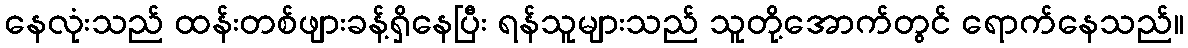
နေလုံးသည် ထန်းတစ်ဖျားခန့်ရှိနေပြီး ရန်သူများသည် သူတို့အောက်တွင် ရောက်နေသည်။